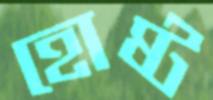
হোষ্ট